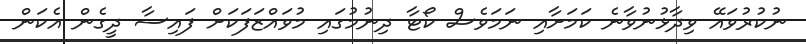
ނުކުރުވައޭ ވިދާޅުނުވާނެ ކަމަށާއި ނަމަވެސް ކޯޓާ ދިނުމުގައި މުވައްޒަފަކަށް ފައިސާ ދީގެން އެކަން